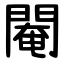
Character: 閹